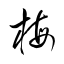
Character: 梅